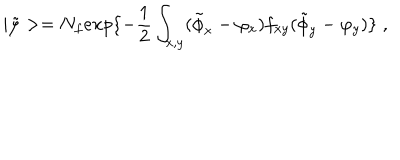
| \tilde { \varphi } > = N _ { f } e x p \{ - { \frac { 1 } { 2 } } \int _ { x , y } ( \tilde { \phi } _ { x } - \varphi _ { x } ) f _ { x y } ( \tilde { \phi } _ { y } - \varphi _ { y } ) \} \; ,